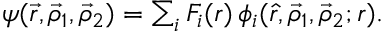
\begin{array} { r } { \psi ( \vec { r } , \vec { \rho } _ { 1 } , \vec { \rho } _ { 2 } ) = \sum _ { i } F _ { i } ( r ) \, \phi _ { i } ( \hat { r } , \vec { \rho } _ { 1 } , \vec { \rho } _ { 2 } ; r ) . } \end{array}